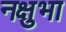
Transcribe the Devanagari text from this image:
नक्षुभा